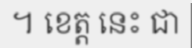
។ ខេត្ត នេះ ជា